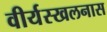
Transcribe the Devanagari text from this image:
वीर्यस्खलनास